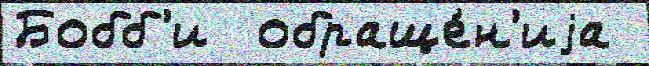
Бобб'и  обраще́н'иjа